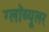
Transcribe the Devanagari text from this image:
ग्लॉब्यूलर